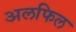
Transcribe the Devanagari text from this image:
अलफिल